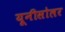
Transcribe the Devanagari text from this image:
यूनीसोलर